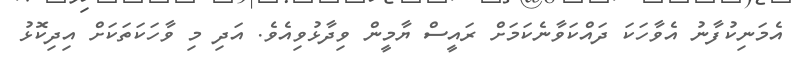
އެމަނިކުފާނު އެވާހަކަ ދައްކަވާނެކަމަށް ރައީސް ޔާމީން ވިދާޅުވިއެވެ. އަދި މި ވާހަކަތަކަށް އިދިކޮޅު